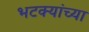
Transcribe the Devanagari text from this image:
भटक्यांच्या